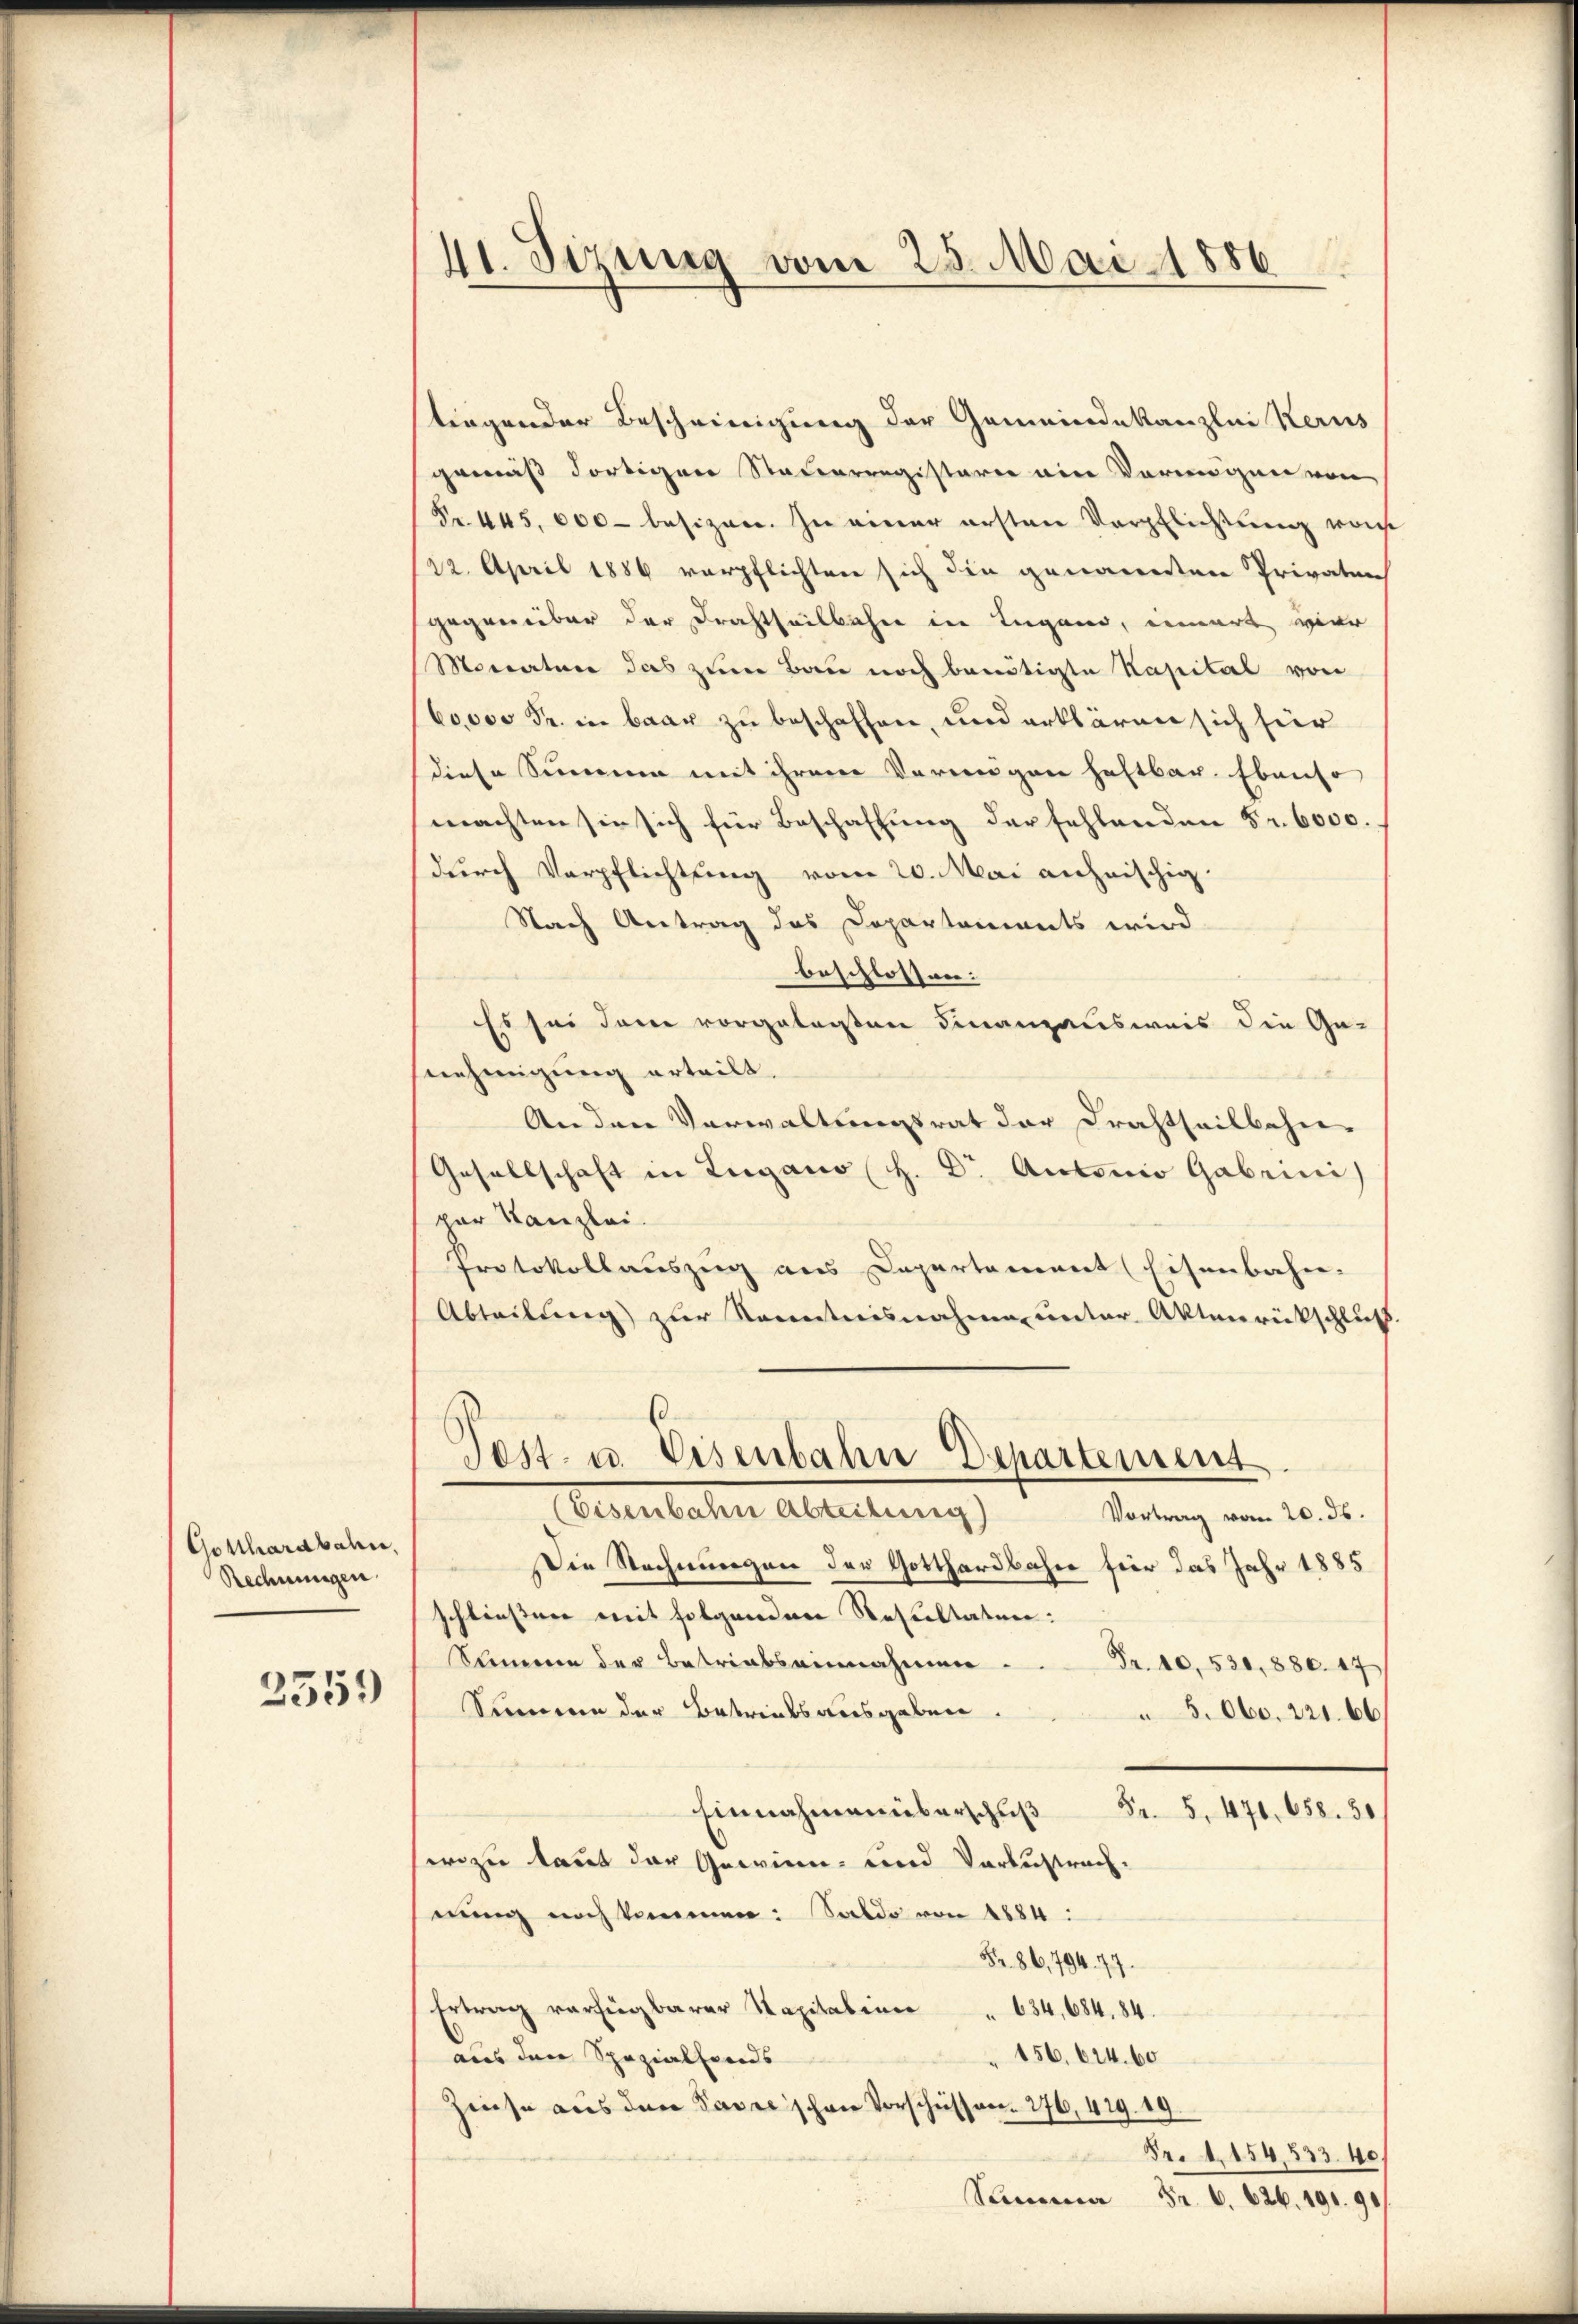
Gotthardbahn,
Rechnungen
2551)

41. Sizung vom 25. Mai 1886

tiegender Bescheinigung der Gemeindekanzlei Herus
gemäß dortigen Steuerregisterie ein Vermögen von
Fr. 445,000 besizen. In einer ersten Verpflichtung von
22. April 1886 verpflichten sich die genannten Privaten
gegenüber der Drahtheilbahn in Lugand, innert vier
Mocratur das zum Bau noch breitigte Kapital von
60,000 Fr. in baar zu beschaffen, und erklären sich hier
diese Summe mit ihrem Vorangen haftbar. Ebenso
machten sie sich für Beschaffung der fehlenden Fr. 6000.
durch Verpflichtung vom 20. Mai anheischig.
Nach Antrag das Departements wird
beschlossen: |
Es sei dann vorgeleisten Finanzausweis die Ge-
snehmigung erteilt.
Anden Verwaltungsrat der Drahtheilbahn-
Gesellschaft in Lugano H. Dr Antonio Gabrini
par Kanzlei.
Protokollauszug aus Departement (Eisenbahn-
Abteilung zur Kenntnisnahme unter Aktenrückschluß
Test. u. Eisenbahn Departement
(Eisenbahn Abteilung)
Vortrag vom 20. ds.
Die Rechnungen der Gotthardbahne für das Jahr 1885
schließere mit folgenden Resultaten:
Semmen der Betriabseinnahmen
Fr. 10. 530, 880. 47
Sinnern der Betriebsausgaben
5. Obo. 221. 66
Einnahmen überschŭβ Fr. 5. 471. 658. 50
wozu kannt der Gewinn- und Verlustrach.
wing noch kommen: Saldo von 1884:
Fr. 86,794. 77.
Ertrag verfügbarer Kapitalien " 634, 684. 84.
156, 624. 60
aus den Spezialfonds
Zinse aus den Baselschen Vorschüssen. 276, 419. 19.
Fr. 1. 154,533. 40.
Summa Fr. 6. 626. 191. 90